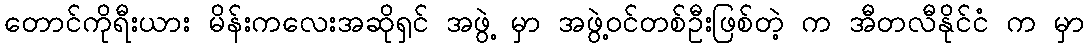
တောင်ကိုရီးယား မိန်းကလေးအဆိုရှင် အဖွဲ့ မှာ အဖွဲ့ဝင်တစ်ဦးဖြစ်တဲ့ က အီတလီနိုင်ငံ က မှာ